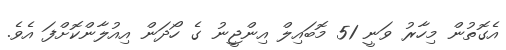
އެގޮތުން މިހާރު ވަނީ 51 މޮބައިލް އިންޖީނު ގެ ހޯދަން އިއުލާންކޮށްފަ އެވެ.